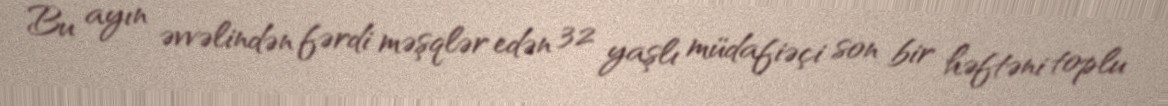
Bu ayın əvvəlindən fərdi məşqlər edən 32 yaşlı müdafiəçi son bir həftəni toplu